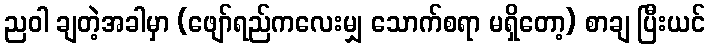
ညဝါ ချတဲ့အခါမှာ (ဖျော်ရည်ကလေးမျှ သောက်စရာ မရှိတော့) စာချ ပြီးယင်